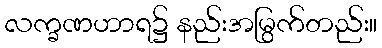
လက္ခဏဟာရ၌ နည်းအမြွက်တည်း။